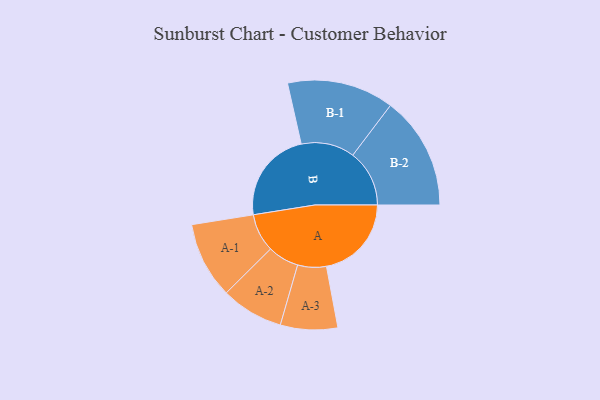
{"axis": {"x": "Segment", "y": "Value"}, "legend": ["", "A", "B"], "data": [{"x": "A", "y": 425, "type": ""}, {"x": "B", "y": 462, "type": ""}, {"x": "A-1", "y": 191, "type": "A"}, {"x": "A-2", "y": 156, "type": "A"}, {"x": "A-3", "y": 143, "type": "A"}, {"x": "B-1", "y": 267, "type": "B"}, {"x": "B-2", "y": 283, "type": "B"}]}